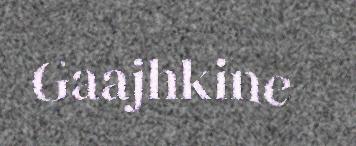
Gaajhkine